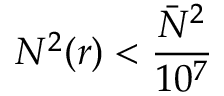
N ^ { 2 } ( r ) < \frac { \bar { N } ^ { 2 } } { 1 0 ^ { 7 } }